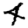
Digit: 4